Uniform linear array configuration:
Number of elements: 24
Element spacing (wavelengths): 0.25
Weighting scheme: hann
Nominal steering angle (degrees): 60
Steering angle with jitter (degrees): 58.807
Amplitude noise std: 0.05
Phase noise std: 0.05

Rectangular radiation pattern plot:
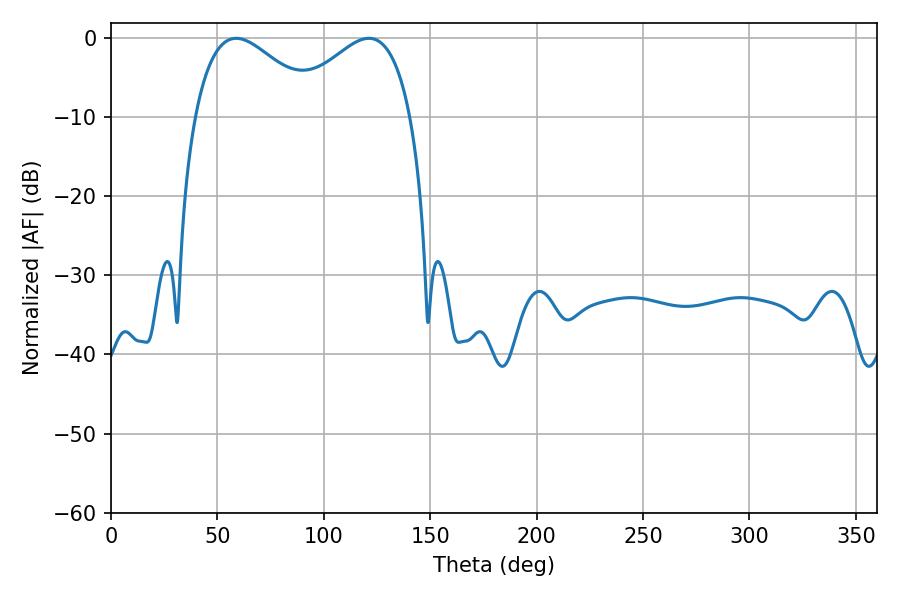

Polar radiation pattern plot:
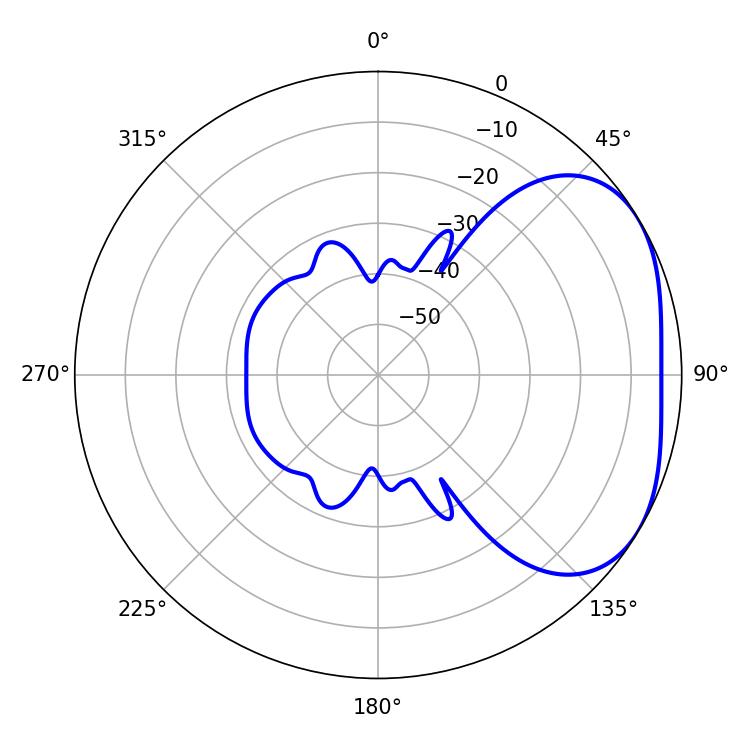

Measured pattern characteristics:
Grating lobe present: FALSE
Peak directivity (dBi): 3.06
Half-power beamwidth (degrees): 31.68
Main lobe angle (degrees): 58.86